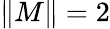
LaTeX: \| M\| =2